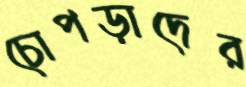
চোপড়াদের